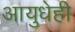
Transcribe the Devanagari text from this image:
आयुधेही